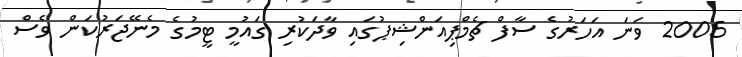
2005 ވަނަ އަހަރުގެ ސާފް ޗެމްޕިއަންޝިޕުގައި ވާދަކުރި ގައުމީ ޓީމުގެ މެނޭޖަރުކަން ވެސް